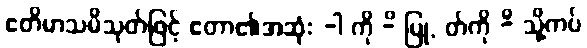
ဧတိမာသမိသုတ်ဖြင့် ဧတာ၏အဆုံး -ါ ကို -ိ ပြု, တ်ကို -ိ သို့ကပ်